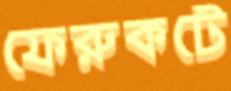
ফেরুকটে